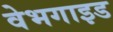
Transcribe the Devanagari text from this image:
वेभगाइड